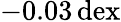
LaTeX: -0.03\, \mathrm{dex}